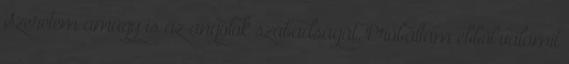
Szeretem amúgy is az angolok szabadságát. Próbáltam ebből valamit